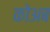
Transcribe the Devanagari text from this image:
कोअब